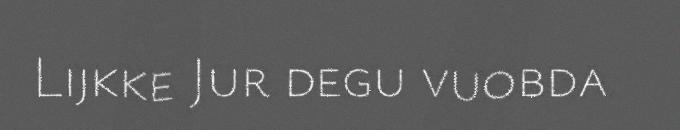
Lijkke Jur degu vuobda